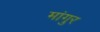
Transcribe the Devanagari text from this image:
मांगुर